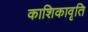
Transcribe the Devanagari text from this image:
काशिकावृति